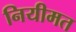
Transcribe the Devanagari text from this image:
नियीमत